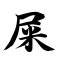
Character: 屎